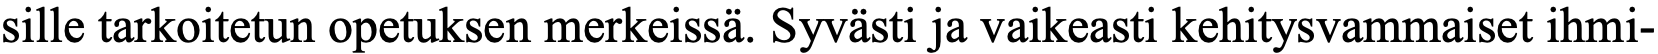
sille tarkoitetun opetuksen merkeissä. Syvästi ja vaikeasti kehitysvammaiset ihmi-